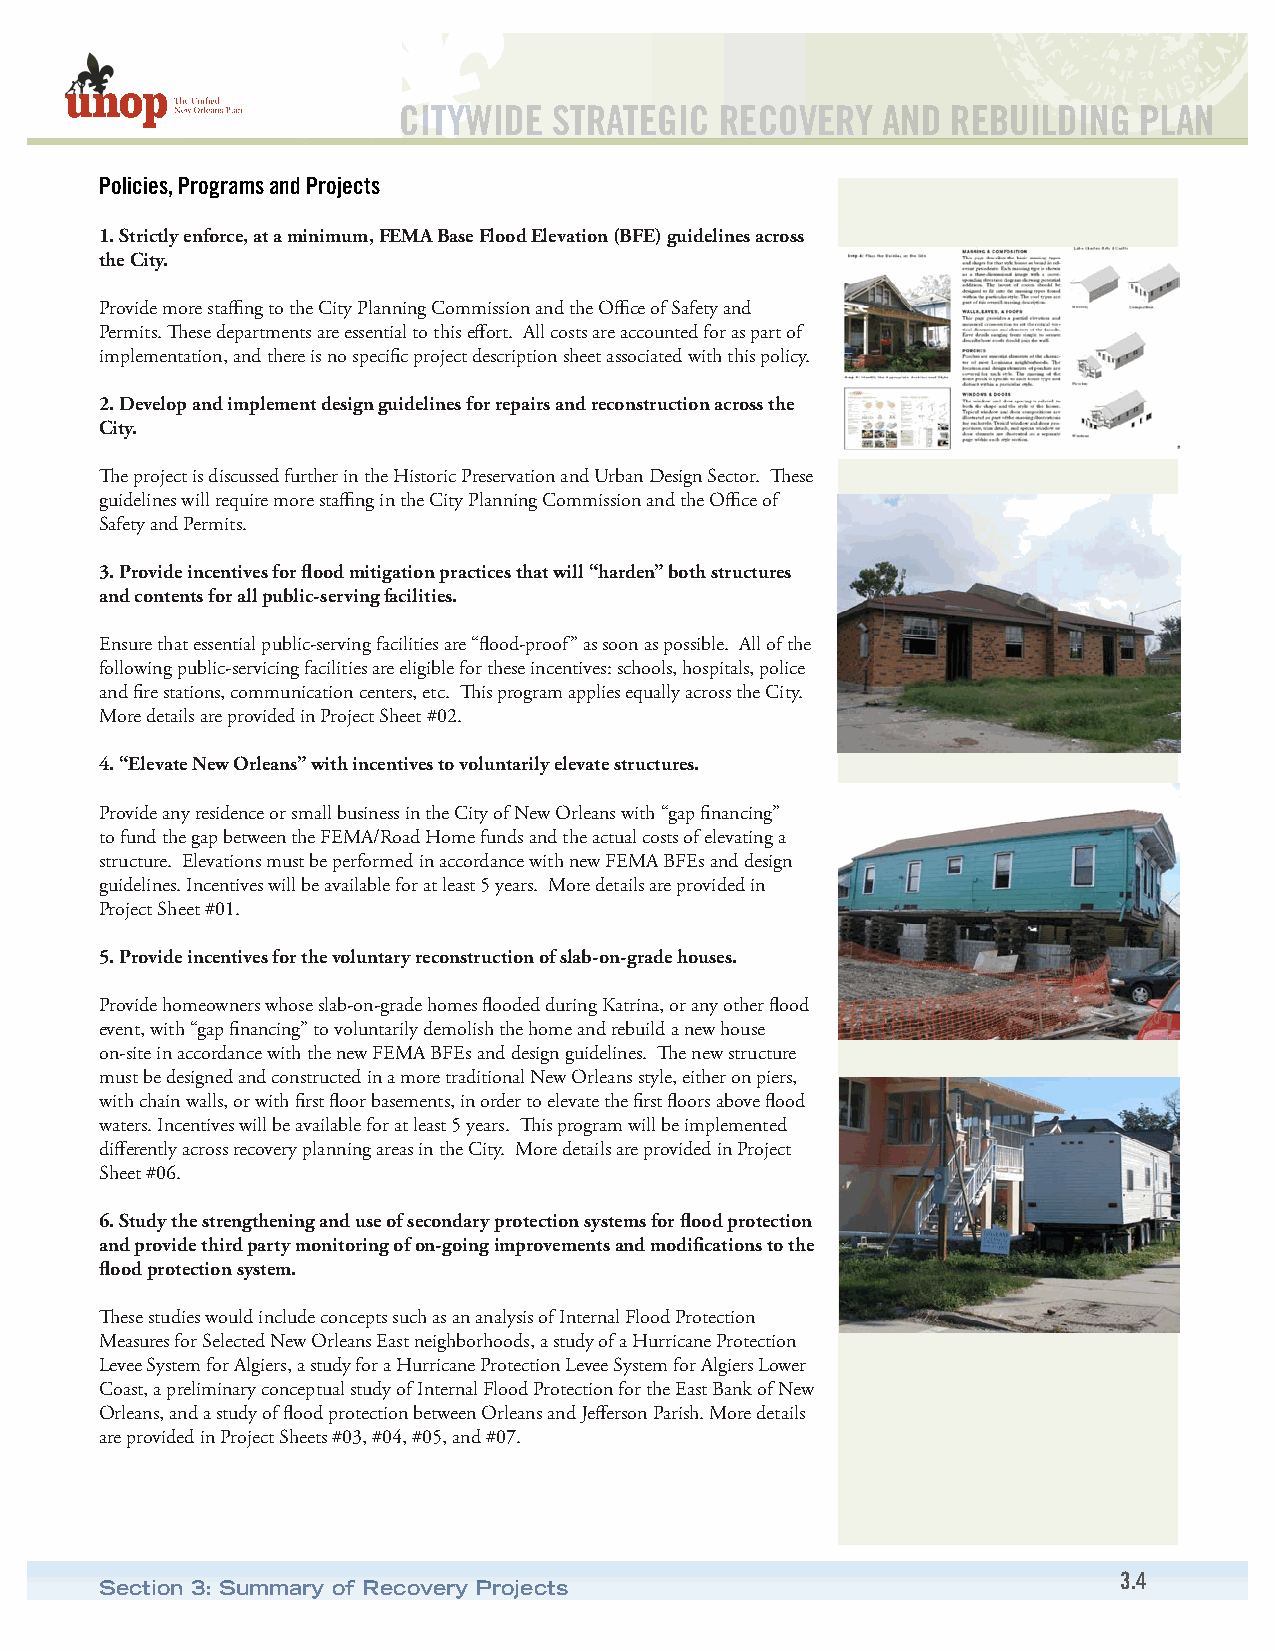
CITYWIDE   STRATEGIC  RECOVERY  AND  REBUILDING  PLAN
 Policies, Programs and Projects
 1. Strictly enforce, at a minimum, FEMA Base Flood Elevation (BFE) guidelines across
 the City.
 Provide more staffing to the City Planning Commission and the Office of Safety and
 Permits. These departments are essential to this effort. All costs are accounted for as part of
 implementation, and there is no specific project description sheet associated with this policy.
 2. Develop and implement design guidelines for repairs and reconstruction across the
 City.
 The project is discussed further in the Historic Preservation and Urban Design Sector. These
 guidelines will require more staffing in the City Planning Commission and the Office of
 Safety and Permits.
 3. Provide incentives for flood mitigation practices that will “harden” both structures
 and contents for all public-serving facilities.
 Ensure that essential public-serving facilities are “flood-proof” as soon as possible. All of the
 following public-servicing facilities are eligible for these incentives: schools, hospitals, police
 and fire stations, communication centers, etc. This program applies equally across the City.
 More details are provided in Project Sheet #02.
 4. “Elevate New Orleans” with incentives to voluntarily elevate structures.
 Provide any residence or small business in the City of New Orleans with “gap financing”
 to fund the gap between the FEMA/Road Home funds and the actual costs of elevating a
 structure. Elevations must be performed in accordance with new FEMA BFEs and design
 guidelines. Incentives will be available for at least 5 years. More details are provided in
 Project Sheet #01.
 5. Provide incentives for the voluntary reconstruction of slab-on-grade houses.
 Provide homeowners whose slab-on-grade homes flooded during Katrina, or any other flood
 event, with “gap financing” to voluntarily demolish the home and rebuild a new house
 on-site in accordance with the new FEMA BFEs and design guidelines. The new structure
 must be designed and constructed in a more traditional New Orleans style, either on piers,
 with chain walls, or with first floor basements, in order to elevate the first floors above flood
 waters. Incentives will be available for at least 5 years. This program will be implemented
 differently across recovery planning areas in the City. More details are provided in Project
 Sheet #06.
 6. Study the strengthening and use of secondary protection systems for flood protection
 and provide third party monitoring of on-going improvements and modifications to the
 flood protection system.
 These studies would include concepts such as an analysis of Internal Flood Protection
 Measures for Selected New Orleans East neighborhoods, a study of a Hurricane Protection
 Levee System for Algiers, a study for a Hurricane Protection Levee System for Algiers Lower
 Coast, a preliminary conceptual study of Internal Flood Protection for the East Bank of New
 Orleans, and a study of flood protection between Orleans and Jefferson Parish. More details
 are provided in Project Sheets #03, #04, #05, and #07.
 3.4
 Section 3: Summary of Recovery Projects